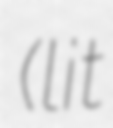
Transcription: (lit